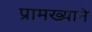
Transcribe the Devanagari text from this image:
प्रामख्याने